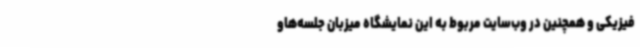
فیزیکی و همچنین در وب‌سایت مربوط به این نمایشگاه میزبان جلسه‌هاو